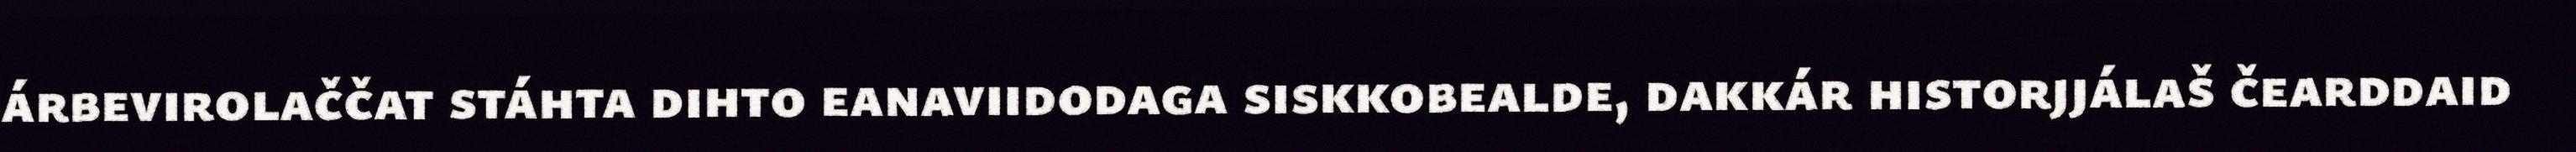
árbevirolaččat stáhta dihto eanaviidodaga siskkobealde, dakkár historjjálaš čearddaid